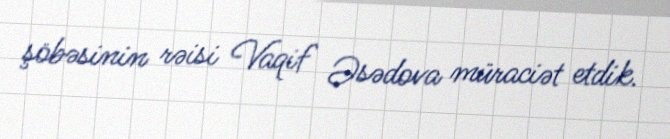
şöbəsinin rəisi Vaqif Əsədova müraciət etdik.